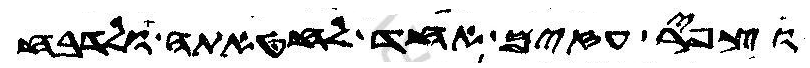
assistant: וצפיר עזים אחד לחטאתה ולדבח